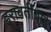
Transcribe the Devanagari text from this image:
इरावतीबाई